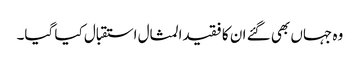
وہ جہاں بھی گئے ان کا فقیدالمثال استقبال کیا گیا۔